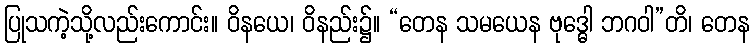
ပြုသကဲ့သို့လည်းကောင်း။ ဝိနယေ၊ ဝိနည်း၌။ “တေန သမယေန ဗုဒ္ဓေါ ဘဂဝါ”တိ၊ တေန